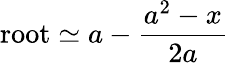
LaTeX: \mathrm{root}\simeq a-{\frac{a^{2}-x}{2a}}\,